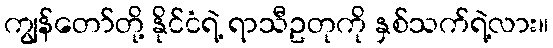
ကျွန်တော်တို့ နိုင်ငံရဲ့ ရာသီဥတုကို နှစ်သက်ရဲ့လား။